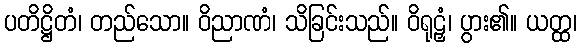
ပတိဋ္ဌိတံ၊ တည်သော။ ဝိညာဏံ၊ သိခြင်းသည်။ ဝိရုဠှံ၊ ပွား၏။ ယတ္ထ၊